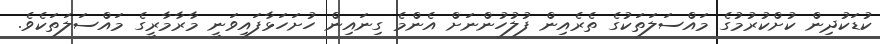
ކުޑަކުދިން ކުށްކުރުމުގެ މައްސަލަތަކުގެ ތެރެއިން ފުލުހުންނަށް އެންމެ ގިނައިން ހުށަހަޅާފައިވަނީ މާރާމާރީގެ މައްސަލަތަކެވެ.